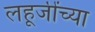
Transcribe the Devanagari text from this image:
लहूजींच्या